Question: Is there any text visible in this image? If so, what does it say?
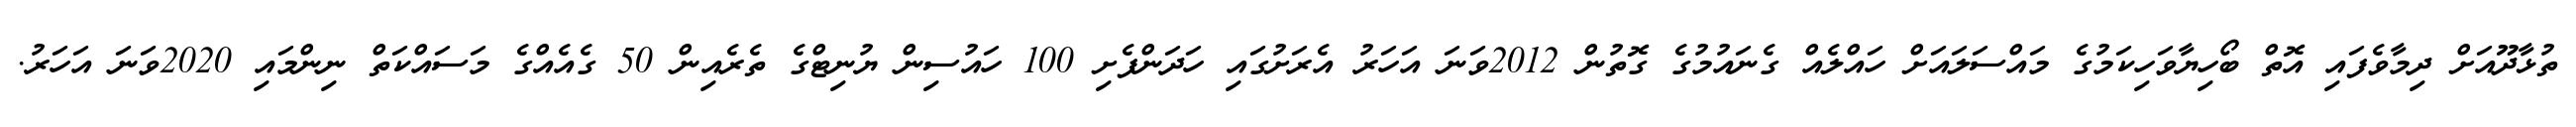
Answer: ތުޅާދޫއަށް ދިމާވެފައި އޮތް ބޯހިޔާވަހިކަމުގެ މައްސަލައަށް ހައްލެއް ގެނައުމުގެ ގޮތުން 2012ވަނަ އަހަރު އެރަށުގައި ހަދަންފެށި 100 ހައުސިން ޔުނިޓްގެ ތެރެއިން 50 ގެއެއްގެ މަސައްކަތް ނިންމައި 2020ވަނަ އަހަރު.